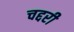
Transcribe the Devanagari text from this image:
चद्दरी